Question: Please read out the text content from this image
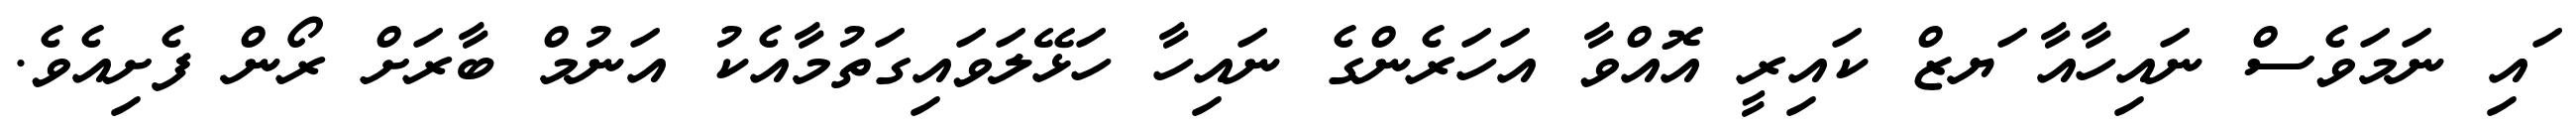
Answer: ައި ނަމަވެސް ނައިހާއާ ަޔޒް ކައިރީ އޮއްވާ އަހަރެންގެ ނައިހާ ހަޅޭލަވައިގަތުމާއެކު އަނުމް ބާރަށް ރޯން ފެށިއެވެ.